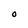
Character: O